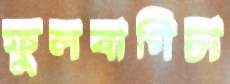
ফুলবাগিচা